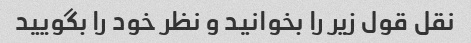
نقل قول زیر را بخوانید و نظر خود را بگویید